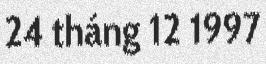
24 tháng 12 1997